Indian journal of veterinary science and animal husbandry - Volumes 24-25, 1954-1955
Year: 1954
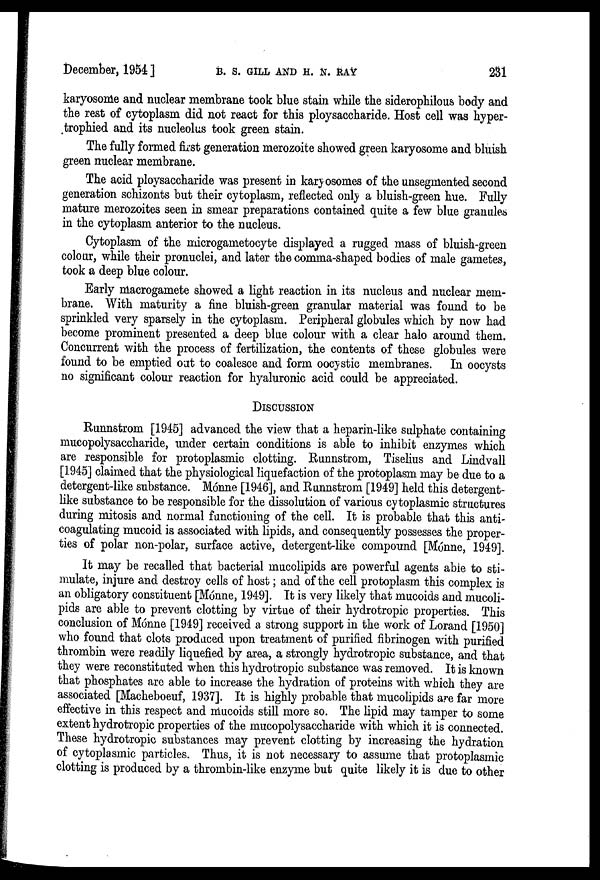
December, 1954 ]
B.
S.
GILL
AND
H.
N.
RAY
231
karyosome and nuclear membrane took blue stain while the siderophilous body and
the rest of cytoplasm did not react for this ploysaccharide. Host cell was hyper-
trophied and its nucleolus took green stain.
The fully formed first generation merozoite showed green karyosome and bluish
green nuclear membrane.
The acid ploysaccharide was present in karyosomes of the unsegmented second
generation schizonts but their cytoplasm, reflected only a bluish-green hue. Fully
mature merozoites seen in smear preparations contained quite a few blue granules
in the cytoplasm anterior to the nucleus.
Cytoplasm of the microgametocyte displayed a rugged mass of bluish-green
colour, while their pronuclei, and later the comma-shaped bodies of male gametes,
took a deep blue colour.
Early macrogamete showed a light reaction in its nucleus and nuclear mem-
brane. With maturity a fine bluish-green granular material was found to be
sprinkled very sparsely in the cytoplasm. Peripheral globules which by now had
become prominent presented a deep blue colour with a clear halo around them.
Concurrent with the process of fertilization, the contents of these globules were
found to be emptied out to coalesce and form oocystic membranes. In oocysts
no significant colour reaction for hyaluronic acid could be appreciated.
DISCUSSION
Runnstrom [1945] advanced the view that a heparin-like sulphate containing
mucopolysaccharide, under certain conditions is able to inhibit enzymes which
are responsible for protoplasmic clotting. Runnstrom, Tiselius and Lindvall
[1945] claimed that the physiological liquefaction of the protoplasm may be due to a
detergent-like substance. Mónne [1946], and Runnstrom [1949] held this detergent-
like substance to be responsible for the dissolution of various cytoplasmic structures
during mitosis and normal functioning of the cell. It is probable that this anti-
coagulating mucoid is associated with lipids, and consequently possesses the proper-
ties of polar non-polar, surface active, detergent-like compound [Mónne, 1949].
It may be recalled that bacterial mucolipids are powerful agents able to sti-
mulate, injure and destroy cells of host ; and of the cell protoplasm this complex is
an obligatory constituent [Mónne, 1949]. It is very likely that mucoids and mucoli-
pids are able to prevent clotting by virtue of their hydrotropic properties. This
conclusion of Mónne [1949] received a strong support in the work of Lorand [1950]
who found that clots produced upon treatment of purified fibrinogen with purified
thrombin were readily liquefied by area, a strongly hydrotropic substance, and that
they were reconstituted when this hydrotropic substance was removed. It is known
that phosphates are able to increase the hydration of proteins with which they are
associated [Macheboeuf, 1937]. It is highly probable that mucolipids are far more
effective in this respect and mucoids still more so. The lipid may tamper to some
extent hydrotropic properties of the mucopolysaccharide with which it is connected.
These hydrotropic substances may prevent clotting by increasing the hydration
of cytoplasmic particles. Thus, it is not necessary to assume that protoplasmic
clotting is produced by a thrombin-like enzyme but quite likely it is due to other